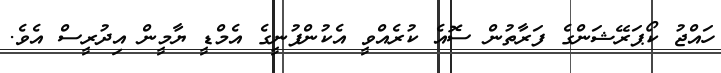
ހައްޖު ކޯޕަރޭޝަންގެ ފަރާތުން ސޮއެ ކުރެއްވީ އެކުންފުނީގެ އެމްޑީ ޔާމީން އިދުރީސް އެވެ.